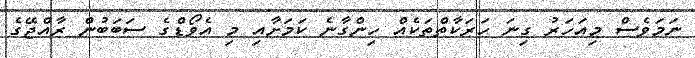
ނަމަވެސް މިއަހަރު ގިނަ ހަރަކާތްތަކެއް ހިންގާނެ ކަމަށާއި މި އެވޯޑްގެ ސަބަބުން ރާއްޖޭގެ